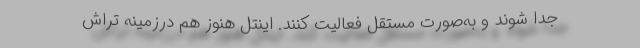
جدا شوند و به‌صورت مستقل فعالیت کنند. اینتل هنوز هم درزمینهٔ تراش